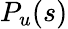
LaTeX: P_{u}(s)